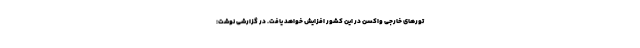
تورهای خارجی واکسن در این کشور افزایش خواهد یافت. در گزارشی نوشت: